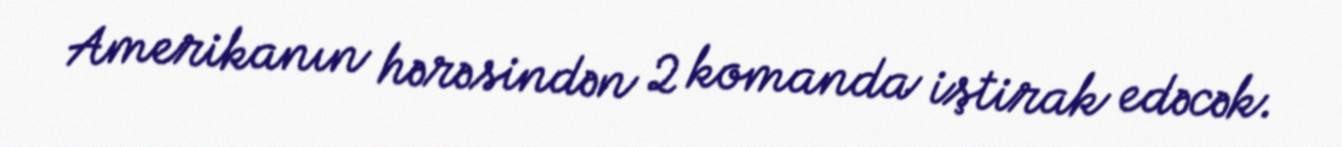
Amerikanın hərəsindən 2 komanda iştirak edəcək.